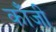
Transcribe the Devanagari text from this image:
काँजी